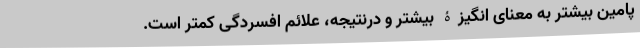
پامینِ بیشتر به معنای انگیزۀ بیشتر و درنتیجه، علائم افسردگی کمتر است.